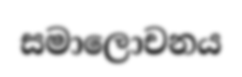
සමාලොචනය